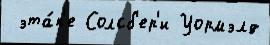
 эта́п'е Солсб'ер'и Уормэлд